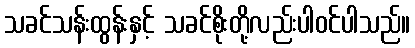
သခင်သန်းထွန်းနှင့် သခင်စိုးတို့လည်းပါဝင်ပါသည်။